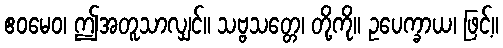
ဧဝမေဝ၊ ဤအတူသာလျှင်။ သဗ္ဗသတ္တေ၊ တို့ကို။ ဥပေက္ခာယ၊ ဖြင့်။